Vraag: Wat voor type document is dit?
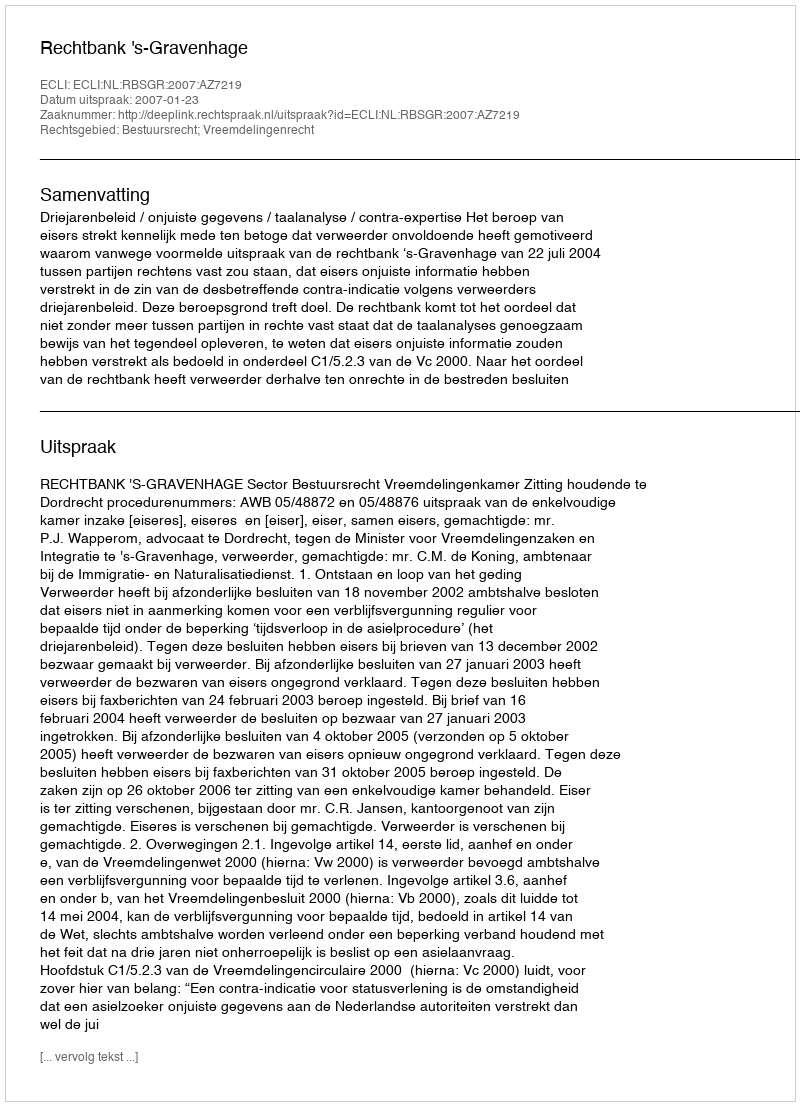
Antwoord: Uitspraak